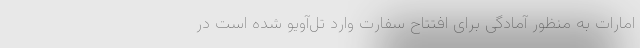
امارات به منظور آمادگی برای افتتاح سفارت وارد تل‌آویو شده است در